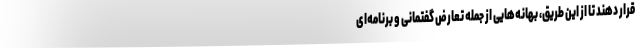
قرار دهند تا از این طریق، بهانه‌هایی از جمله تعارض گفتمانی و برنامه‌ای